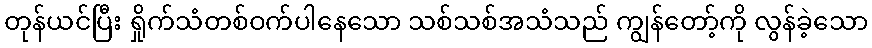
တုန်ယင်ပြီး ရှိုက်သံတစ်ဝက်ပါနေသော သစ်သစ်အသံသည် ကျွန်တော့်ကို လွန်ခဲ့သော